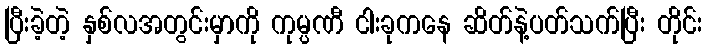
ပြီးခဲ့တဲ့ နှစ်လအတွင်းမှာကို ကုမ္ပဏီ ငါးခုကနေ ဆိတ်နဲ့ပတ်သက်ပြီး တိုင်း